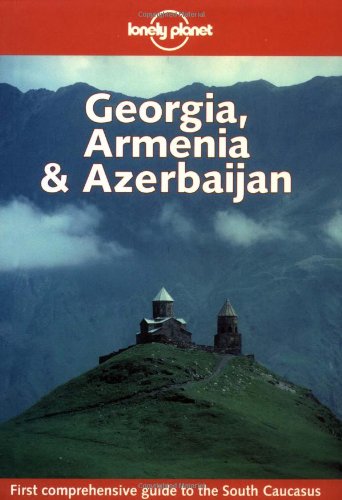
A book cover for Lonely Planet Georgia, Armenia & Azerbaijan; Neil Wilson; Travel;